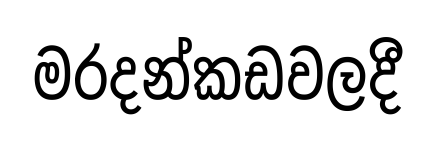
මරදන්කඩවලදී